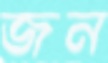
জন